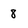
Character: 8